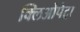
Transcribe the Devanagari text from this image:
क्लिओपेट्रा